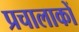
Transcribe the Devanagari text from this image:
प्रचालाकों